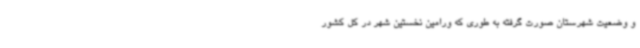
و وضعیت شهرستان صورت گرفته به طوری که ورامین نخستین شهر در کل کشور